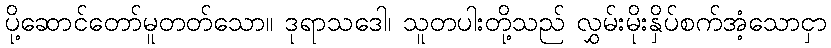
ပို့ဆောင်တော်မူတတ်သော။ ဒုရာသဒေါ၊ သူတပါးတို့သည် လွှမ်းမိုးနှိပ်စက်အံ့သောငှာ